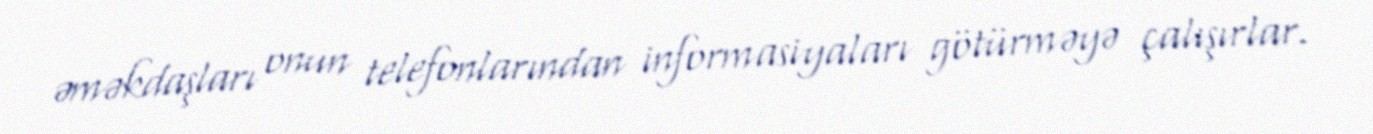
əməkdaşları onun telefonlarından informasiyaları götürməyə çalışırlar.